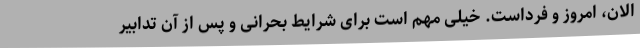
الان، امروز و فرداست. خیلی مهم است برای شرایط بحرانی و پس از آن تدابیر